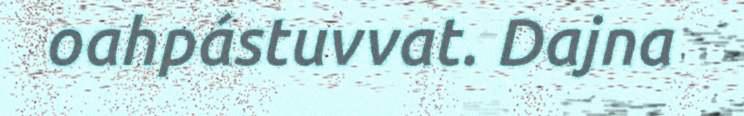
oahpástuvvat. Dajna